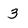
Character: 3